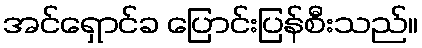
အင်ရှောင်ခ ပြောင်းပြန်စီးသည်။